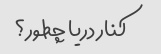
کنار دریا چطور؟